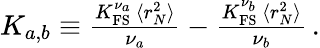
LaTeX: \begin{array}{r}{K_{a,b}\equiv\frac{K_{\mathrm{FS}}^{\nu_{a}}\, \langle r_{N}^{2}\rangle}{\nu_{a}}-\frac{K_{\mathrm{FS}}^{\nu_{b}}\, \langle r_{N}^{2}\rangle}{\nu_{b}}\, .}\end{array}